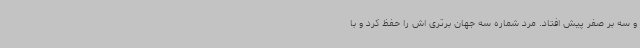
و سه بر صفر پیش افتاد. مرد شماره سه جهان برتری اش را حفظ کرد و با